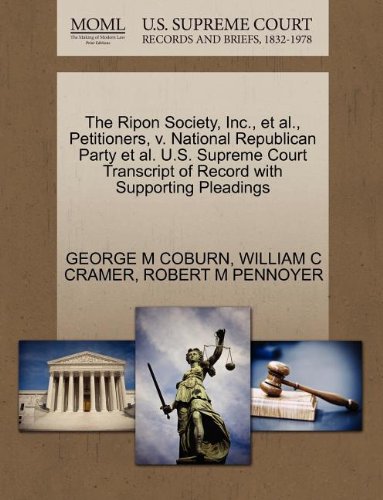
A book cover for The Ripon Society, Inc., et al., Petitioners, v. National Republican Party et al. U.S. Supreme Court Transcript of Record with Supporting Pleadings; GEORGE M COBURN; Law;